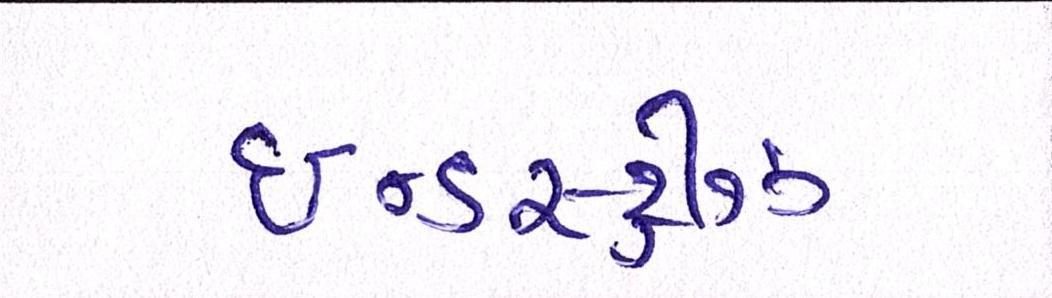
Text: ઈન્ડસ્ટ્રીઝ